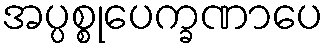
အပ္ပစ္စုပေက္ခဏာပေ